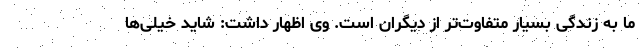
ما به زندگی بسیار متفاوت‌تر از دیگران است. وی اظهار داشت: شاید خیلی‌ها